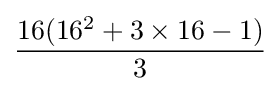
{\frac {16(16^{2}+3\times 16-1)}{3}}